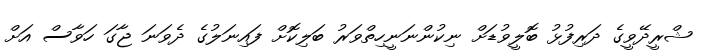
ޝްރީދޭވީގެ ދަރިފުޅު ބޮލީވުޑަށް ނިކުންނަނީހިތްވަރު ބަލިކޮށް ފައިނަލުގެ ދެވަނަ ޖާގަ ހަވާސް އަށް